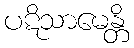
ပဋိသာမေန္တိ